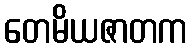
တေမိယဇာတက